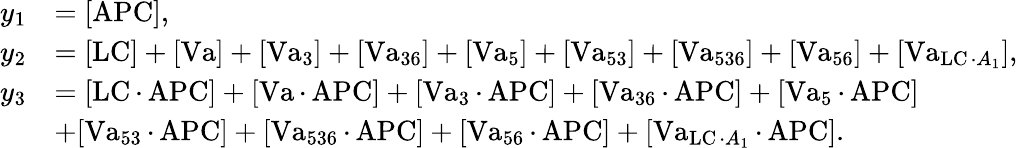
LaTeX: \begin{array}{rl}{y_{1}}&{=[\operatorname{APC}],}\\ {y_{2}}&{=[\operatorname{LC}]+[\operatorname{Va}]+[\operatorname{Va}_{3}]+[\operatorname{Va}_{36}]+[\operatorname{Va}_{5}]+[\operatorname{Va}_{53}]+[\operatorname{Va}_{536}]+[\operatorname{Va}_{56}]+[\operatorname{Va}_{\operatorname{LC}\cdot A_{1}}],}\\ {y_{3}}&{=[\operatorname{LC}\cdot\operatorname{APC}]+[\operatorname{Va}\cdot\operatorname{APC}]+[\operatorname{Va}_{3}\cdot\operatorname{APC}]+[\operatorname{Va}_{36}\cdot\operatorname{APC}]+[\operatorname{Va}_{5}\cdot\operatorname{APC}]}\\ &{+[\operatorname{Va}_{53}\cdot\operatorname{APC}]+[\operatorname{Va}_{536}\cdot\operatorname{APC}]+[\operatorname{Va}_{56}\cdot\operatorname{APC}]+[\operatorname{Va}_{\operatorname{LC}\cdot A_{1}}\cdot\operatorname{APC}].}\end{array}